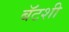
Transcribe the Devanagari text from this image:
बॅटशी